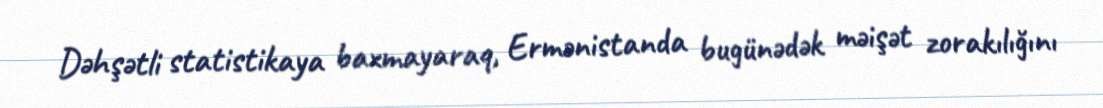
Dəhşətli statistikaya baxmayaraq, Ermənistanda bugünədək məişət zorakılığını